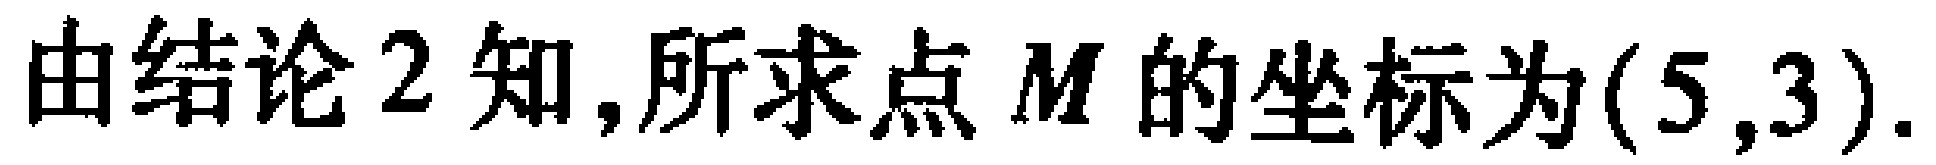
由结论2知,所求点\(M\)的坐标为\((5,3)\).